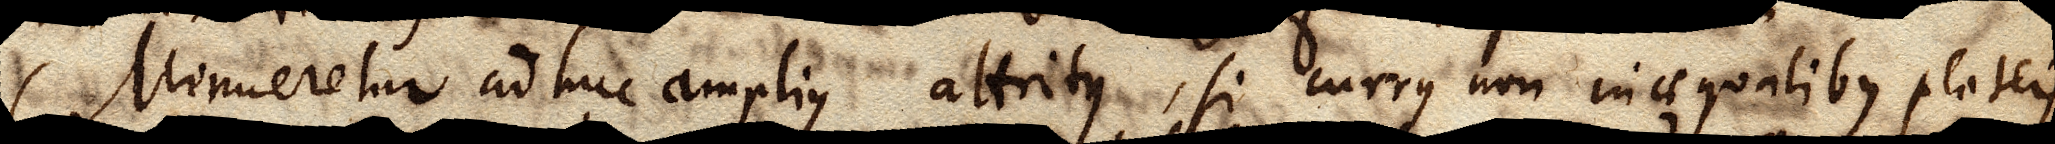
Minueretur adhuc amplius attritus, si currus non aequalibus plateis